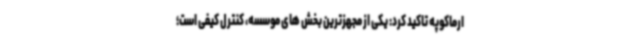
ارماکوپه تاکید کرد: یکی از مجهزترین بخش های موسسه، کنترل کیفی است؛